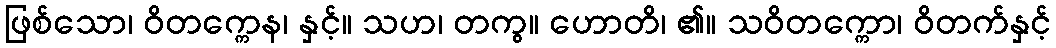
ဖြစ်သော၊ ဝိတက္ကေန၊ နှင့်။ သဟ၊ တကွ။ ဟောတိ၊ ၏။ သဝိတက္ကော၊ ဝိတက်နှင့်